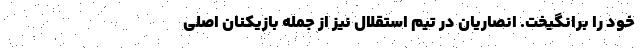
خود را برانگیخت. انصاریان در تیم استقلال نیز از جمله بازیکنان اصلی